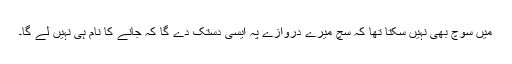
میں سوچ بھی نہیں سکتا تھا کہ سچ میرے دروازے پہ ایسی دستک دے گا کہ جانے کا نام ہی نہیں لے گا۔